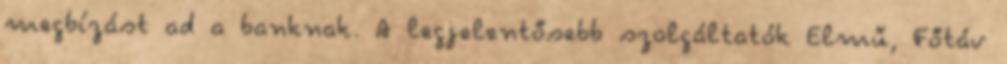
megbízást ad a banknak. A legjelentősebb szolgáltatók Elmű, Főtáv